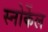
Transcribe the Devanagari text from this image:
स्नोर्केल